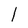
Character: l